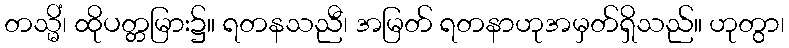
တသ္မိံ၊ ထိုပတ္တမြား၌။ ရတနသညီ၊ အမြတ် ရတနာဟုအမှတ်ရှိသည်။ ဟုတွာ၊